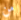
من